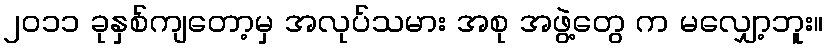
၂၀၁၁ ခုနှစ်ကျတော့မှ အလုပ်သမား အစု အဖွဲ့တွေ က မလျှော့ဘူး။